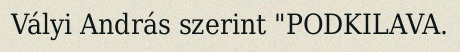
Vályi András szerint "PODKILAVA.